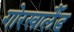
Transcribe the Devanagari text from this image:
गोरखालैँड